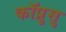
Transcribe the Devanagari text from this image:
कॉप्रुसु